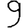
Digit: 9